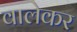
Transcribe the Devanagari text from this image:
वालेकर